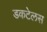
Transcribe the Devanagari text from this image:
डकटेलस